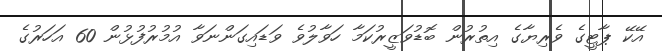
އޭކޭ ޕާޓީގެ ވެރިޔާގެ އިތުރުން ބޮޑުވަޒީރުކަމާ ހަވާލުވެ ވަޑައިގަންނަވާ އުމުރުފުޅުން 60 އަހަރުގެ